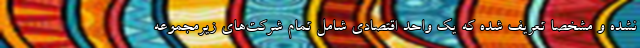
نشده و مشخصا تعریف شده که یک واحد اقتصادی شامل تمام شرکت‌های زیرمجموعه